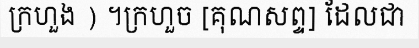
ក្រហួង ) ។ក្រហួច [គុណសព្ទ] ដែលជា